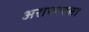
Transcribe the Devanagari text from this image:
अराफातला